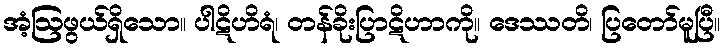
အံ့ဩဖွယ်ရှိသော။ ပါဋိဟိရံ၊ တန်ခိုးပြာဋိဟာကို။ ဒေဿတိ၊ ပြတော်မူပြီ။